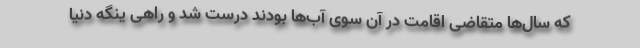
که سال‌ها متقاضی اقامت در آن سوی آب‌ها بودند درست شد و راهی ینگه دنیا